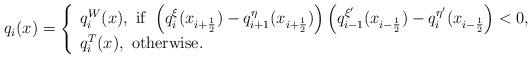
LaTeX: \begin{align*}q_{i}(x)=\left\{ \begin{array}{l}q^{W}_{i}(x), \ {\rm if} \ \left(q^{\xi}_i(x_{i+\frac{1}{2}})-q^{\eta}_{i+1}(x_{i+\frac{1}{2}})\right)\left(q^{\xi'}_{i-1}(x_{i-\frac{1}{2}})-q^{\eta'}_{i}(x_{i-\frac{1}{2}}\right) < 0, \\ q^{T}_{i}(x), \ {\rm otherwise. }\end{array}\right.\end{align*}